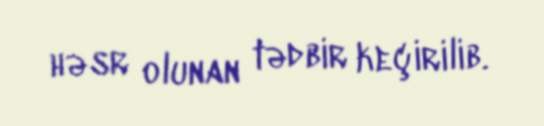
həsr olunan tədbir keçirilib.